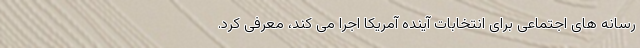
رسانه های اجتماعی برای انتخابات آینده آمریکا اجرا می کند، معرفی کرد.